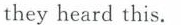
they heard this.